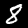
Label: 8